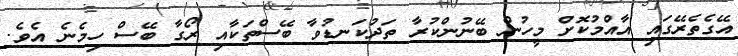
އޭގެތެރޭގައި އާއްމުކޮށް މީހުން ބޭނުންކުރާ ތަދުކަނޑުވާ ބޭސްތަކާއި ރޯގާ ބޭސް ހިމެނެ އެވެ.